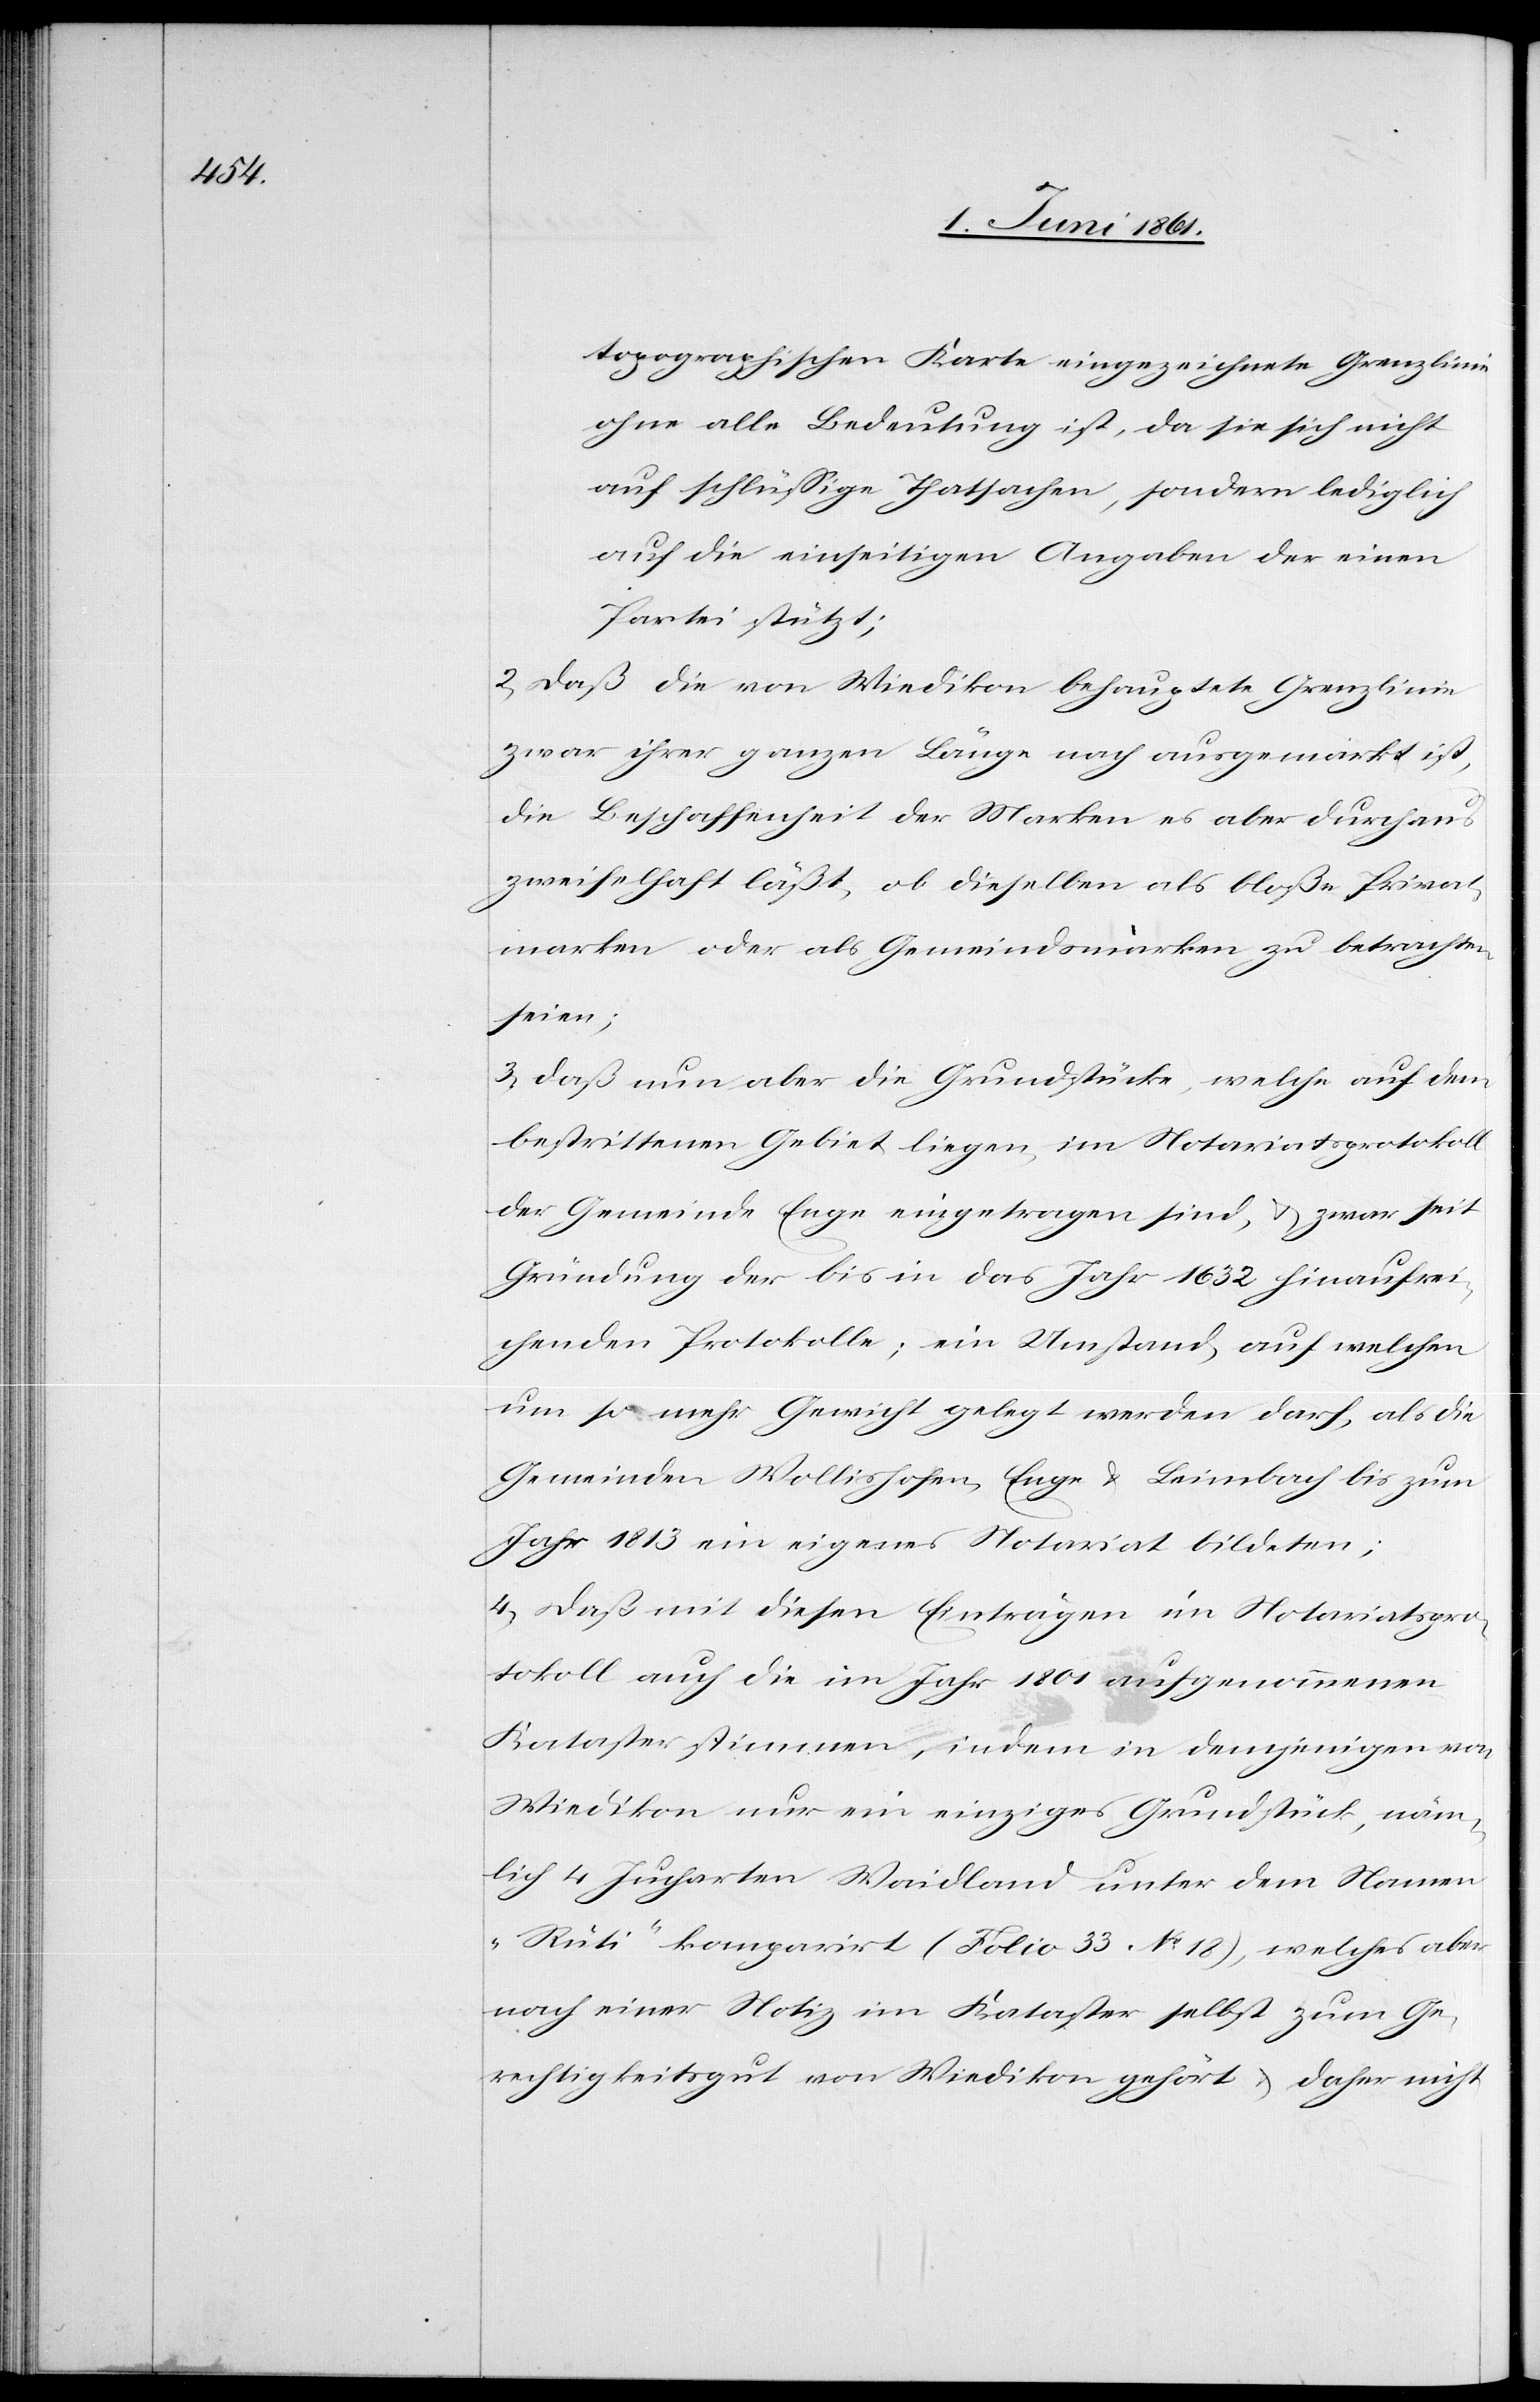
topographischen Karte eingezeichnete Grenzlinie
ohne alle Bedeutung ist, da sie sich nicht
auf schlüssige Thatsachen, sondern lediglich
auf die einseitigen Angaben der einen
Partei stützt;
2) Daß die von Wiedikon behauptete Grenzlinie
zwar ihrer ganzen Länge nach ausgemärkt ist,
die Beschaffenheit der Marken es aber durchaus
zweifelhaft läßt, ob dieselben als bloße Privat¬
marken oder als Gemeindsmarken zu betrachten
seien;
3) Daß nun aber die Grundstücke, welche auf dem
bestrittenen Gebiet liegen, im Notariatsprotokoll
der Gemeinde Enge eingetragen sind, u. zwar seit
Gründung der bis in das Jahr 1632 hinaufrei¬
chenden Protokolle; ein Umstand, auf welchen
um so mehr Gewicht gelegt werden darf, als die
Gemeinden Wollishofen, Enge u. Leimbach bis zum
Jahr 1813 ein eigenes Notariat bildeten;
4) Daß mit diesen Einträgen im Notariatspro¬
tokoll auch die im Jahr 1801 aufgenommenen
Kataster stimmen, indem in demjenigen von
Wiedikon nur ein einziges Grundstück, näm¬
lich 4 Jucharten Waidland unter dem Namen
„Rüti“ komparirt (Folio 33 No 18), welches aber
nach einer Notiz im Kataster selbst zum Ge¬
rechtigkeitsgut von Wiedikon gehört u. daher nicht